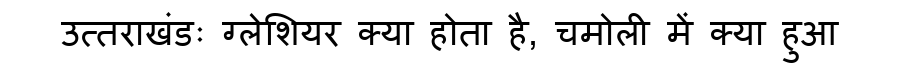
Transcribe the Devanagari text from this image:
उत्तराखंडः ग्लेशियर क्या होता है, चमोली में क्या हुआ